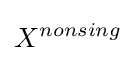
X^{nonsing}